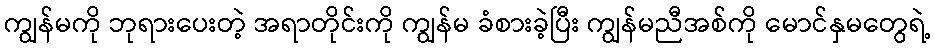
ကျွန်မကို ဘုရားပေးတဲ့ အရာတိုင်းကို ကျွန်မ ခံစားခဲ့ပြီး ကျွန်မညီအစ်ကို မောင်နှမတွေရဲ့